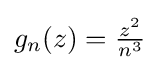
g_{n}(z)={\tfrac {z^{2}}{n^{3}}}